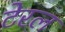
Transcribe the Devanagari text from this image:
टेरल